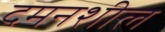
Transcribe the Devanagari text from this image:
दमनशील